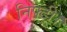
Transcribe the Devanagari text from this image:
निफ्टी।